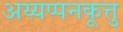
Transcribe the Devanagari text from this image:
अय्यप्पनकूत्तु